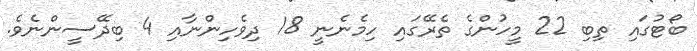
ބޯޓުގައި ތިބި 22 މީހުންގެ ތެރޭގައި ހިމެނެނީ 18 ދިވެހިންނާއި 4 ބިދޭސީންނެވެ.